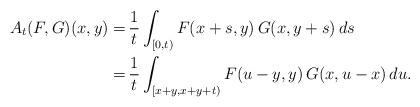
LaTeX: \begin{align*}A_t(F,G)(x,y) = & \,\frac{1}{t}\int_{[0,t)} F(x+s,y) \,G(x,y+s) \,ds \\= & \,\frac{1}{t}\int_{[x+y,x+y+t)} F(u-y,y) \,G(x,u-x) \,du. \end{align*}